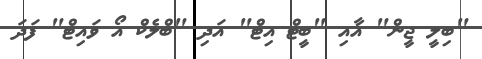
"ބިލީ ޖީން" އާއި "ބީޓް އިޓް" އަދި "ބްލެކް އޯ ވައިޓް" ފަދަ